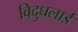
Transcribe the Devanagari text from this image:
विदुघलाई